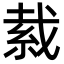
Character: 𦀂